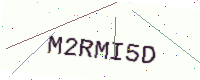
Text: M2RMI5D